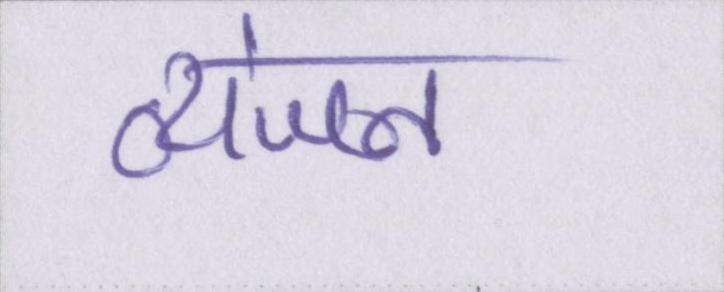
व्यंजन